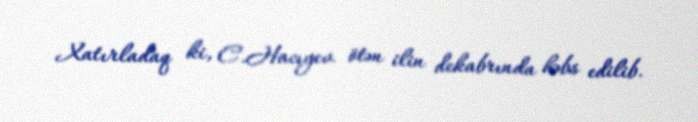
Xatırladaq ki, C.Hacıyev ötən ilin dekabrında həbs edilib.